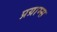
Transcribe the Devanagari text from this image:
प्रग्राम्स